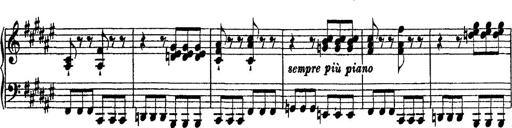
Title: 2 KonzertetÃ¼den
Composer: Franz Liszt